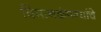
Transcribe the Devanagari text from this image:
विमानकंपन्यांचे